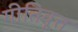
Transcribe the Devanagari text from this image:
गीतिवृत्त